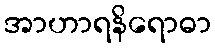
အာဟာရနိရောဓာ